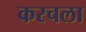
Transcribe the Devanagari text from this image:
करचला